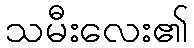
သမီးလေး၏